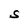
Character: S